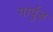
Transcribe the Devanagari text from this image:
गार्वुड